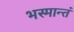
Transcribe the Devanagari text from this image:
भस्मान्तं